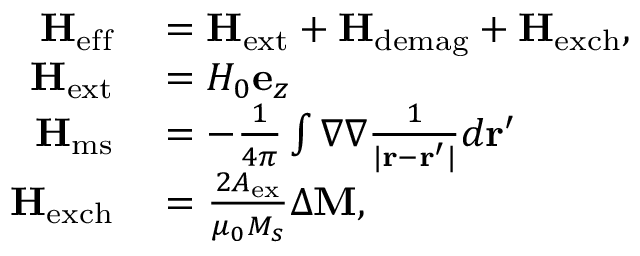
\begin{array} { r l } { \mathbf { H } _ { \mathrm { e f f } } } & { { } = \mathbf { H } _ { \mathrm { e x t } } + \mathbf { H } _ { \mathrm { d e m a g } } + \mathbf { H } _ { \mathrm { e x c h } } , } \\ { \mathbf { H } _ { \mathrm { e x t } } } & { { } = H _ { 0 } \mathbf { e } _ { z } } \\ { \mathbf { H } _ { \mathrm { m s } } } & { { } = - \frac { 1 } { 4 \pi } \int \nabla \nabla \frac { 1 } { \lvert \mathbf { r } - \mathbf { r } ^ { \prime } \rvert } d \mathbf { r } ^ { \prime } } \\ { \mathbf { H } _ { \mathrm { e x c h } } } & { { } = \frac { 2 A _ { \mathrm { e x } } } { \mu _ { 0 } M _ { s } } \Delta \mathbf { M } , } \end{array}